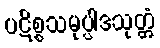
ပဋိစ္စသမုပ္ပါဒသုတ္တံ